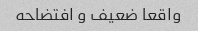
واقعا ضعیف و افتضاحه